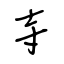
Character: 寺